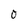
Character: O